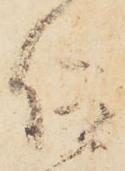
仰